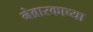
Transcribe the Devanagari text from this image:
नेब्रास्काच्या